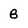
Character: B